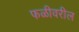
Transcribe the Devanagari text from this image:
फळीवरील